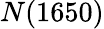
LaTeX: N(1650)